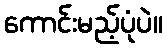
ကောင်းမည့်ပုံပဲ။